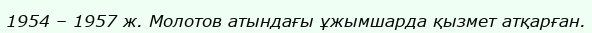
1954 – 1957 ж. Молотов атындағы ұжымшарда қызмет атқарған.